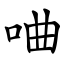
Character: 㖆